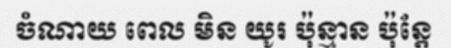
ចំណាយ ពេល មិន យូរ ប៉ុន្មាន ប៉ុន្តែ